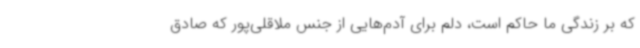
که بر زندگی ما حاکم است، دلم برای آدم‌هایی از جنس ملاقلی‌پور که صادق